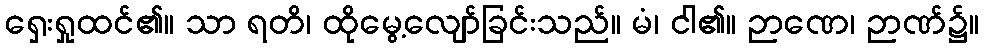
ရှေးရှုထင်၏။ သာ ရတိ၊ ထိုမွေ့လျော်ခြင်းသည်။ မံ၊ ငါ၏။ ဉာဏေ၊ ဉာဏ်၌။